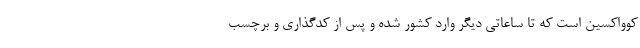
کوواکسین است که تا ساعاتی دیگر وارد کشور شده و پس از کدگذاری و برچسب